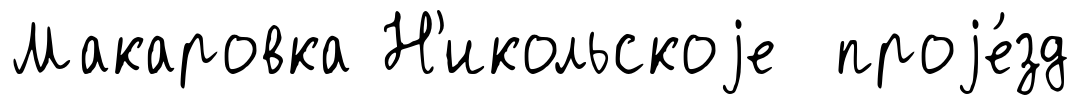
Макаровка Н'икольскоjе проjе́зд